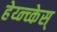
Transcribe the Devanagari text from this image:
हेय्न्च्केस्